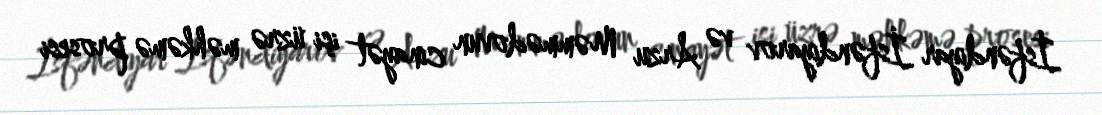
İsfəndiyar İsfəndiyarov və Arzu Məmmədovun cinayət işi üzrə məhkəmə prosesi